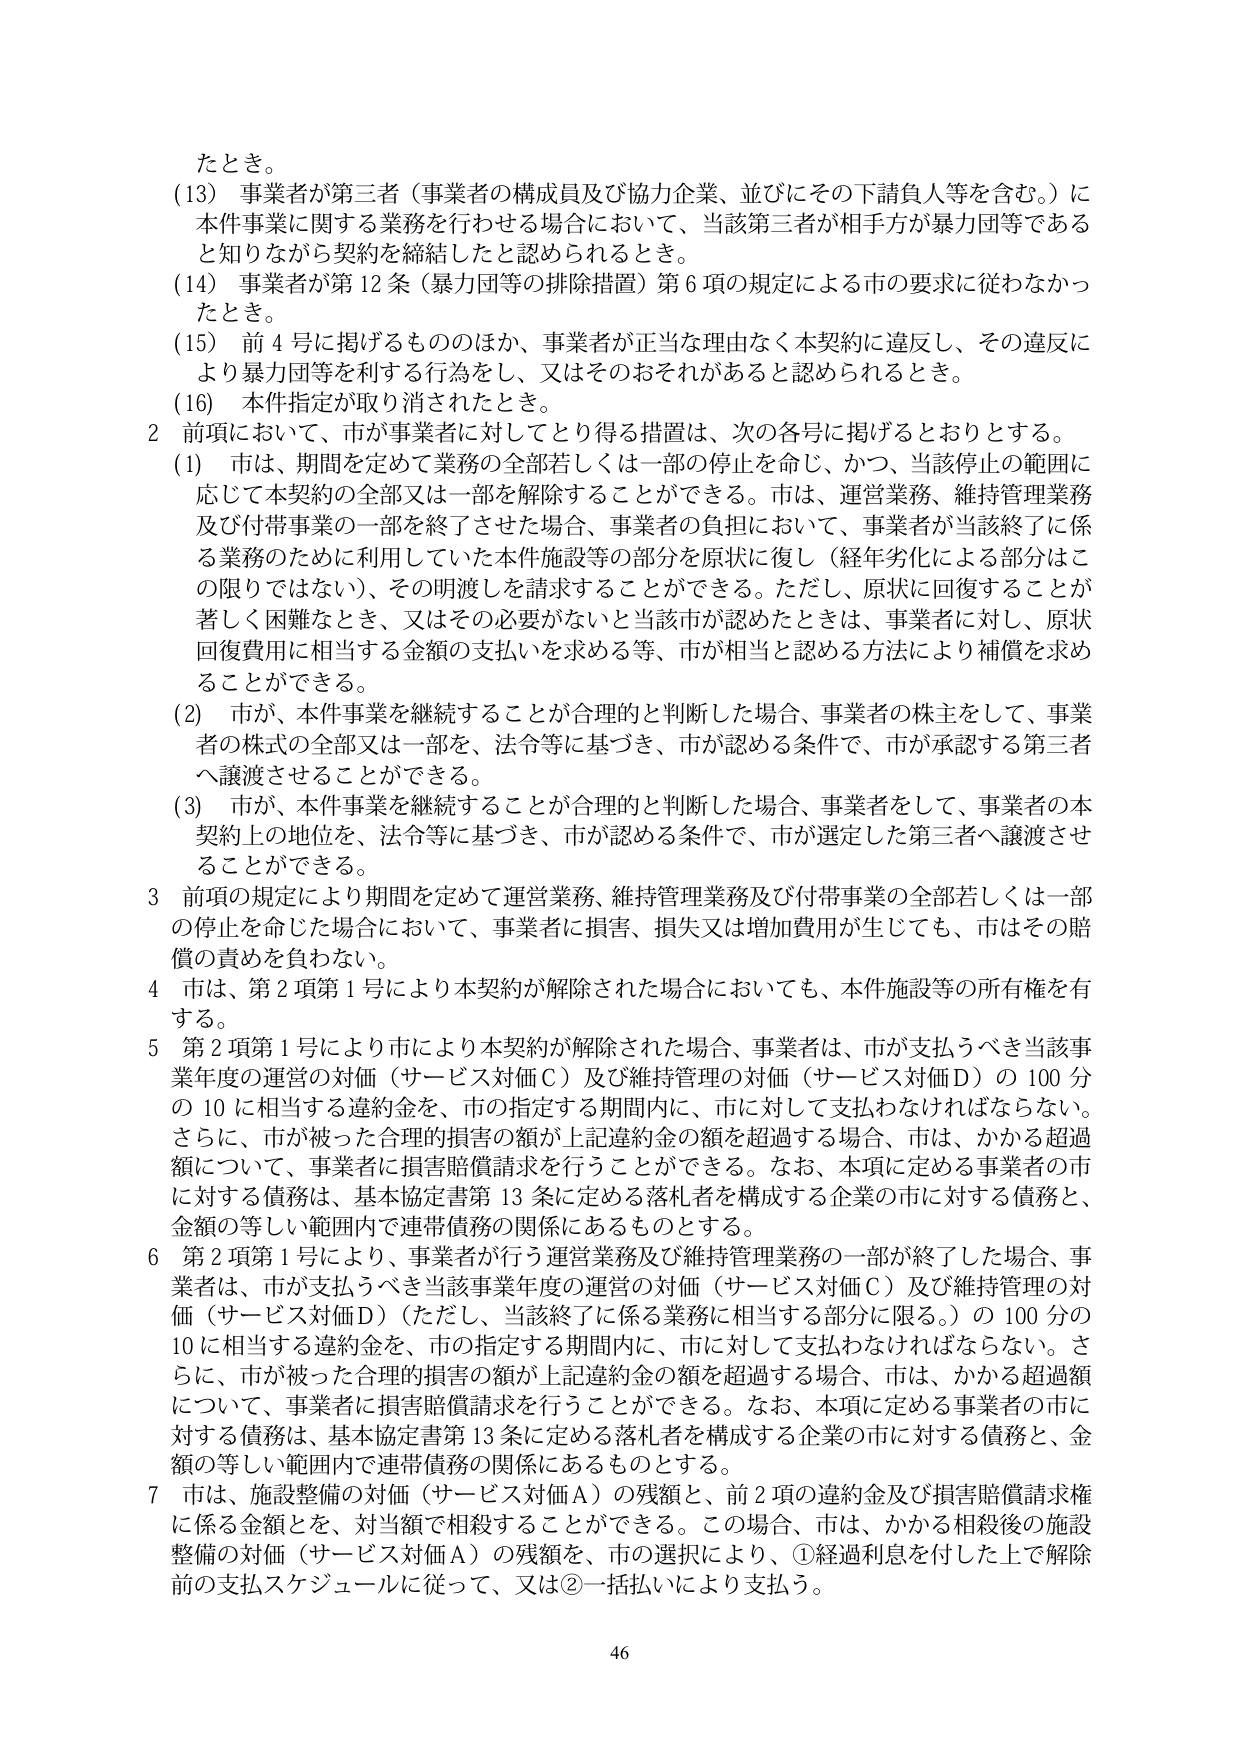
たとき。

(13) 事業者が第三者（事業者の構成員及び協力企業、並びにその下請負人等を含む。）に本件事業に関する業務を行わせる場合において、当該第三者が相手方が暴力団等であると知りながら契約を締結したと認められるとき。

(14) 事業者が第12条（暴力団等の排除措置）第6項の規定による市の要求に従わなかったとき。

(15) 前4号に掲げるもののほか、事業者が正当な理由なく本契約に違反し、その違反により暴力団等を利する行為をし、又はそのおそれがあると認められるとき。

(16) 本件指定が取り消されたとき。

2 前項において、市が事業者に対してとり得る措置は、次の各号に掲げるところとする。

(1) 市は、期間を定めて業務の全部若しくは一部の停止を命じ、かつ、当該停止の範囲に応じて本契約の全部又は一部を解除することができる。市は、運営業務、維持管理業務及び付帯事業の一部を終了させた場合、事業者の負担において、事業者が当該終了に係る業務のために利用していた本件施設等の部分を原状に復し（経年劣化による部分はこの限りではない）、その明渡しを請求することができる。ただし、原状に回復することが著しく困難なとき、又はその必要がないと当該市が認めたときは、事業者に対し、原状回復費用に相当する金額の支払いを求める等、市が相当と認める方法により補償を求めることができる。

(2) 市が、本件事業を継続することが合理的と判断した場合、事業者の株主をして、事業者の株式の全部又は一部を、法令等に基づき、市が認める条件で、市が承認する第三者へ譲渡させることができる。

(3) 市が、本件事業を継続することが合理的と判断した場合、事業者をして、事業者の本契約上の地位を、法令等に基づき、市が認める条件で、市が選定した第三者へ譲渡させることができる。

3 前項の規定により期間を定めて運営業務、維持管理業務及び付帯事業の全部若しくは一部の停止を命じた場合において、事業者に損害、損失又は増加費用が生じても、市はその賠償の責めを負わない。

4 市は、第2項第1号により本契約が解除された場合においても、本件施設等の所有権を有する。

5 第2項第1号により市により本契約が解除された場合、事業者は、市が支払うべき当該事業年度の運営の対価（サービス対価Ｃ）及び維持管理の対価（サービス対価Ｄ）の100分の10に相当する違約金を、市の指定する期間内に、市に対して支払わなければならない。さらに、市が被った合理的損害の額が上記違約金の額を超過する場合、市は、かかる超過額について、事業者に損害賠償請求を行うことができる。なお、本項に定める事業者の市に対する債務は、基本協定書第13条に定める落札者を構成する企業の市に対する債務と、金額の等しい範囲内で連帯債務の関係にあるものとする。

6 第2項第1号により、事業者が行う運営業務及び維持管理業務の一部が終了した場合、事業者は、市が支払うべき当該事業年度の運営の対価（サービス対価Ｃ）及び維持管理の対価（サービス対価Ｄ）（ただし、当該終了に係る業務に相当する部分に限る。）の100分の10に相当する違約金を、市の指定する期間内に、市に対して支払わなければならない。さらに、市が被った合理的損害の額が上記違約金の額を超過する場合、市は、かかる超過額について、事業者に損害賠償請求を行うことができる。なお、本項に定める事業者の市に対する債務は、基本協定書第13条に定める落札者を構成する企業の市に対する債務と、金額の等しい範囲内で連帯債務の関係にあるものとする。

7 市は、施設整備の対価（サービス対価Ａ）の残額と、前2項の違約金及び損害賠償請求権に係る金額とを、対当額で相殺することができる。この場合、市は、かかる相殺後の施設整備の対価（サービス対価Ａ）の残額を、市の選択により、①経過利息を付した上で解除前の支払スケジュールに従って、又は②一括払いにより支払う。

46